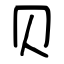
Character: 贝